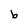
Character: b